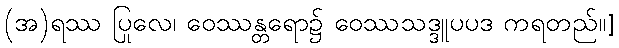
(အ)ရဿ ပြုလေ၊ ဝေဿန္တရော၌ ဝေဿသဒ္ဒူပပဒ ကရတည်။]